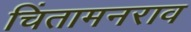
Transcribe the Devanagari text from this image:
चिंतामनराव